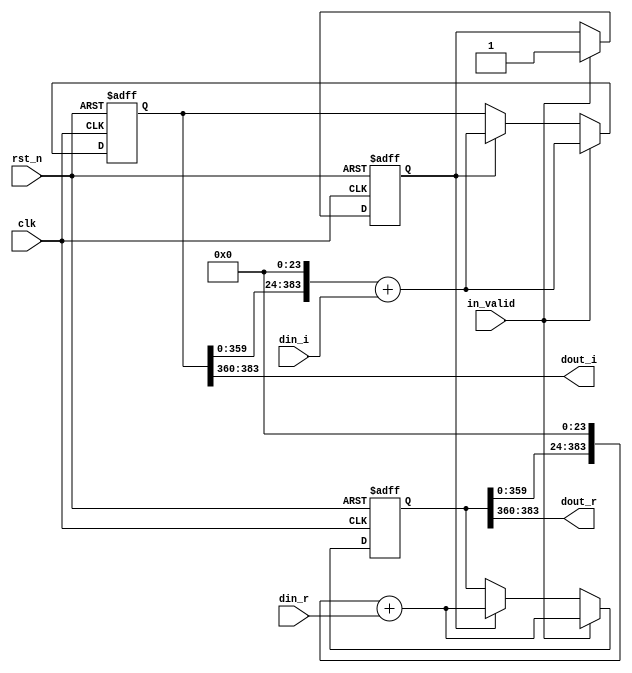
module shift_16(
	input                clk,
	input                rst_n,
	input                in_valid,
	input signed [23:0]  din_r,
	input signed [23:0]  din_i,
	output signed [23:0] dout_r,
	output signed [23:0] dout_i
);
////////////////////////////////////////////
// Internal signals
reg [383:0]              shift_reg_r;
reg [383:0]              shift_reg_i;
reg [383:0]              tmp_reg_r;
reg [383:0]              tmp_reg_i;
reg [5:0]                counter_16, next_counter_16;
reg                      valid, next_valid;
////////////////////////////////////////////
// Output logic
assign dout_r            = shift_reg_r[383:360];
assign dout_i            = shift_reg_i[383:360];
////////////////////////////////////////////
// Next state logic
always@(*) begin
    next_counter_16      = counter_16 + 5'd1;
    tmp_reg_r            = shift_reg_r;
    tmp_reg_i            = shift_reg_i;
    next_valid           = valid;
end
////////////////////////////////////////////
// State register
always@(posedge clk or negedge rst_n) begin
    if(~rst_n) begin
        shift_reg_r      <= 0;
        shift_reg_i      <= 0;
        counter_16       <= 0;
        valid            <= 0;
    end
    else 
    if (in_valid) begin
        counter_16       <= next_counter_16;
        shift_reg_r      <= (tmp_reg_r<<24) + din_r;
        shift_reg_i      <= (tmp_reg_i<<24) + din_i;
        valid            <= in_valid;
    end else if(valid)begin
        counter_16       <= next_counter_16;
        shift_reg_r      <= (tmp_reg_r<<24) + din_r;
        shift_reg_i      <= (tmp_reg_i<<24) + din_i;
        valid            <= next_valid;
    end
end
endmodule